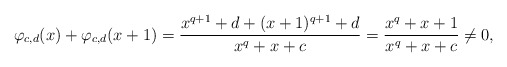
\begin{align*}\varphi_{c,d}(x) + \varphi_{c,d}(x+1) = \frac{x^{q+1}+d+(x+1)^{q+1}+d}{x^q+x+c} = \frac{x^q+x+1}{x^q+x+c} \ne 0,\end{align*}